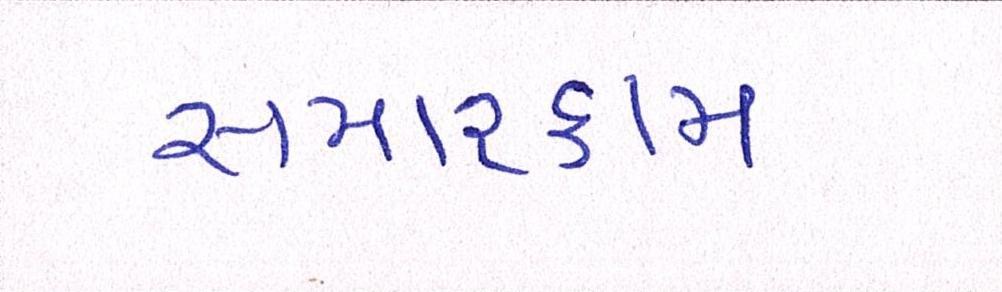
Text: સમારકામ